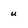
Character: u